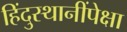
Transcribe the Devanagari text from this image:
हिंदुस्थानींपेक्षा